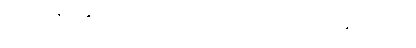
ဗုဒ္ဓနေ့ပူဇော်ပွဲအခမ်းအနားကို ယနေ့အောင်မြင်စွာ ကျင်းပပြီးစီးနိုင်ခဲ့ပါတယ်။